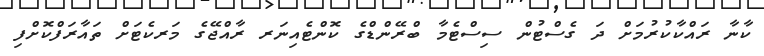
ކާނާ ރައްކާކުރުމަށް ދަ ގެސްޓުން ސިސްޓެމާ ބްރޭންޑްގެ ކޮންޓެއިނަރ ރާއްޖޭގެ މަރކެޓަށް ތައާރަފްކޮށްފި